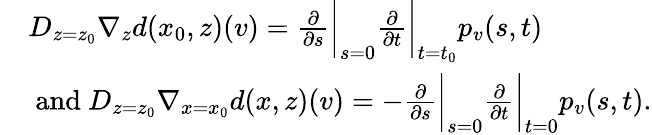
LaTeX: \begin{array}{rl}&{D_{z=z_{0}}\nabla_{z}d(x_{0},z)(v)=\frac{\partial}{\partial s}\bigg|_{s=0}\frac{\partial}{\partial t}\bigg|_{t=t_{0}}p_{v}(s,t)}\\ &{\mathrm{~and~}D_{z=z_{0}}\nabla_{x=x_{0}}d(x,z)(v)=-\frac{\partial}{\partial s}\bigg|_{s=0}\frac{\partial}{\partial t}\bigg|_{t=0}p_{v}(s,t).}\end{array}